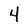
Character: 4